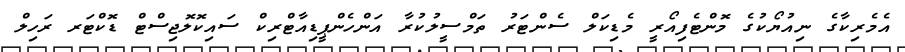
އެމެރިކާގެ ނިއުޔޯކުގެ މޮންޓެފިއޯރީ މެޑިކަލް ސެންޓަރު ތަމްސީލުކުރާ އަންހެންޕީޑިއާޓްރިކް ސައިކޮލޮޖިސްޓް ޑޮކްޓަރ ރަހިލް